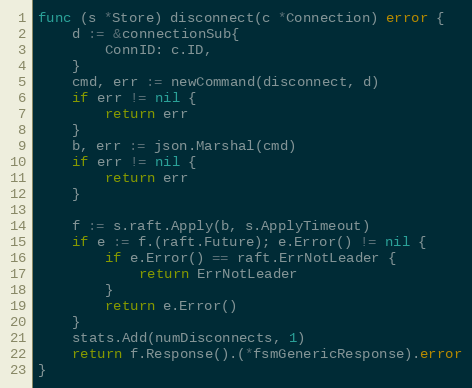
Language: Go
func (s *Store) disconnect(c *Connection) error {
	d := &connectionSub{
		ConnID: c.ID,
	}
	cmd, err := newCommand(disconnect, d)
	if err != nil {
		return err
	}
	b, err := json.Marshal(cmd)
	if err != nil {
		return err
	}

	f := s.raft.Apply(b, s.ApplyTimeout)
	if e := f.(raft.Future); e.Error() != nil {
		if e.Error() == raft.ErrNotLeader {
			return ErrNotLeader
		}
		return e.Error()
	}
	stats.Add(numDisconnects, 1)
	return f.Response().(*fsmGenericResponse).error
}